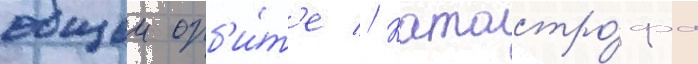
общеи орб'и́т'е // Катастро́фа